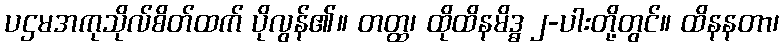
ပဌမအကုသိုလ်စိတ်ထက် ပိုလွန်၏။ တတ္ထ၊ ထိုထိနမိဒ္ဓ ၂-ပါးတို့တွင်။ ထိနနတာ၊